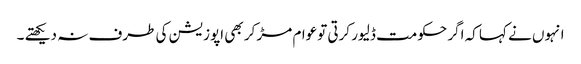
انہوں نے کہا کہ اگر حکومت ڈلیور کرتی توعوام مڑ کر بھی اپوزیشن کی طرف نہ دیکھتے ۔